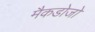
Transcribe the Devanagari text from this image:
मैकडोजो